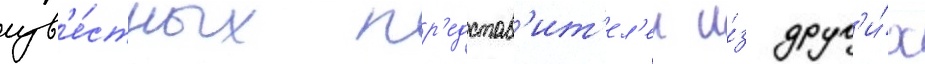
изв'е́стных пр'едстав'ит'ел'еи и́з друг'и́х